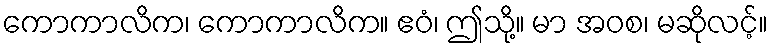
ကောကာလိက၊ ကောကာလိက။ ဧဝံ၊ ဤသို့။ မာ အဝစ၊ မဆိုလင့်။